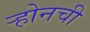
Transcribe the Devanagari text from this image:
ऱ्होनची